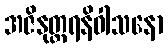
အဇိနုတ္တရနိဝါသနော